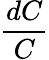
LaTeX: \frac{dC}{C}